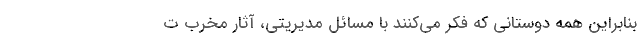
بنابراین همه دوستانی که فکر می‌کنند با مسائل مدیریتی، آثار مخرب ت